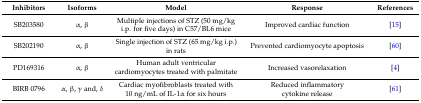
<table><thead><tr><td><b>Inhibitors</b></td><td><b>Isoforms</b></td><td><b>Model</b></td><td><b>Response</b></td><td><b>References</b></td></tr></thead><tbody><tr><td>SB203580</td><td>α, β</td><td>Multiple injections of STZ (50 mg/kg i.p. for five days) in C57/BL6 mice</td><td>Improved cardiac function</td><td>[15]</td></tr><tr><td>SB202190</td><td>α, β</td><td>Single injection of STZ (65 mg/kg i.p.) in rats</td><td>Prevented cardiomyocyte apoptosis</td><td>[60]</td></tr><tr><td>PD169316</td><td>α, β</td><td>Human adult ventricular cardiomyocytes treated with palmitate</td><td>Increased vasorelaxation</td><td>[4]</td></tr><tr><td>BIRB 0796</td><td>α, β, γ and, δ</td><td>Cardiac myofibroblasts treated with 10 ng/mL of IL-1α for six hours</td><td>Reduced inflammatory cytokine release</td><td>[61]</td></tr></tbody></table>